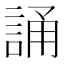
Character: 誦